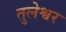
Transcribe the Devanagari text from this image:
तुलेश्वर